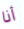
أنا